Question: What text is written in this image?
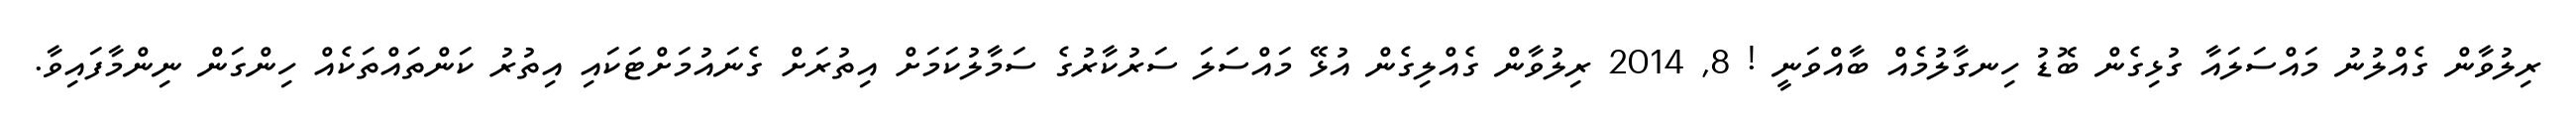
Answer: ރިލުވާން ގެއްލުނު މައްސަލައާ ގުޅިގެން ބޮޑު ހިނގާލުމެއް ބާއްވަނީ ! 8, 2014 ރިލުވާން ގެއްލިގެން އުޅޭ މައްސަލަ ސަރުކާރުގެ ސަމާލުކަމަށް އިތުރަށް ގެނައުމަށްޓަކައި އިތުރު ކަންތައްތަކެއް ހިންގަން ނިންމާފައިވާ.